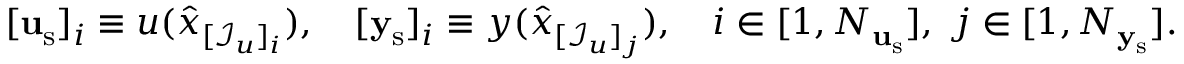
[ \mathbf { u } _ { \mathrm { s } } ] _ { i } \equiv u ( \hat { x } _ { [ \mathcal { I } _ { u } ] _ { i } } ) , \quad [ \mathbf { y } _ { \mathrm { s } } ] _ { i } \equiv y ( \hat { x } _ { [ \mathcal { I } _ { u } ] _ { j } } ) , \quad i \in [ 1 , N _ { \mathbf { u } _ { \mathrm { s } } } ] , \ j \in [ 1 , N _ { \mathbf { y } _ { \mathrm { s } } } ] .